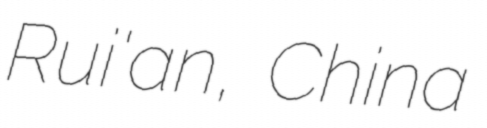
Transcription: Rui'an, China